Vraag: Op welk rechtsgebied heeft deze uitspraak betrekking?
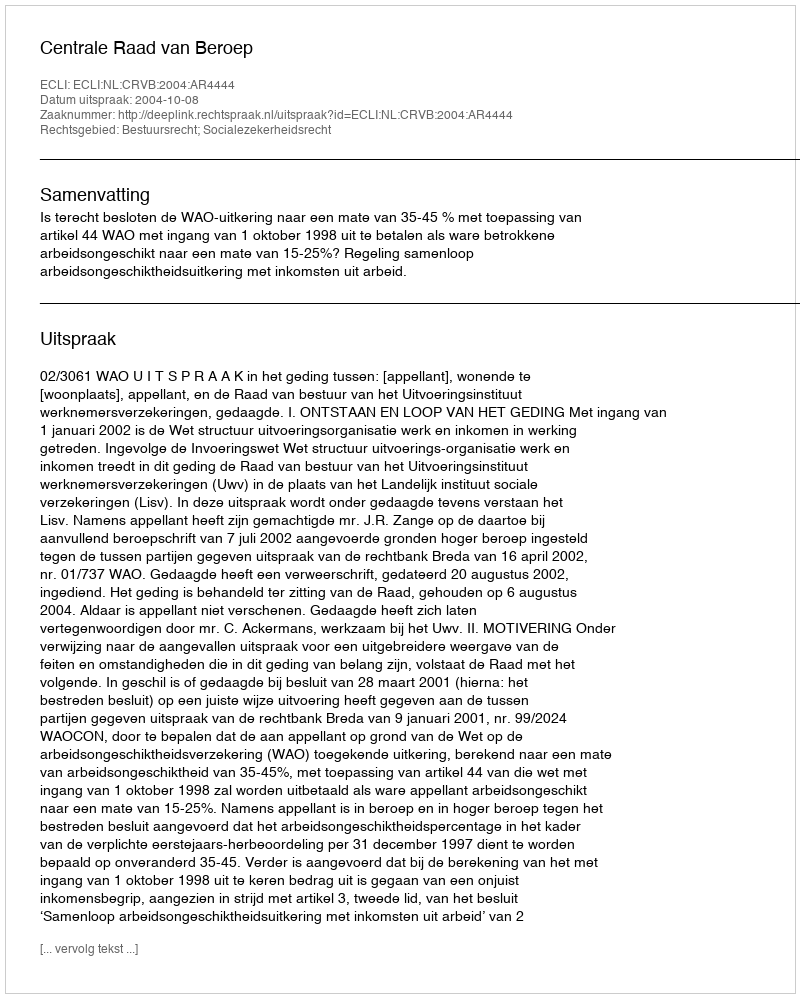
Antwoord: Bestuursrecht; Socialezekerheidsrecht